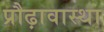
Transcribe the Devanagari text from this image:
प्रौढ़ावास्था